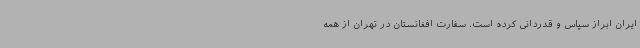
ایران ابراز سپاس و قدردانی کرده است. سفارت افغانستان در تهران از همه